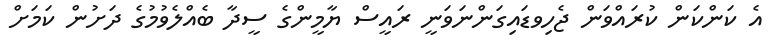
އެ ކަންކަން ކުރައްވަން ޖެހިވޑައިގަންނަވަނީ ރައީސް ޔާމީންގެ ސީދާ ބެއްލެވުމުގެ ދަށުން ކަމަށް